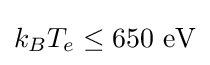
k_{B}T_{e}\leq 650\ {\text{eV}}